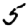
Digit: 5